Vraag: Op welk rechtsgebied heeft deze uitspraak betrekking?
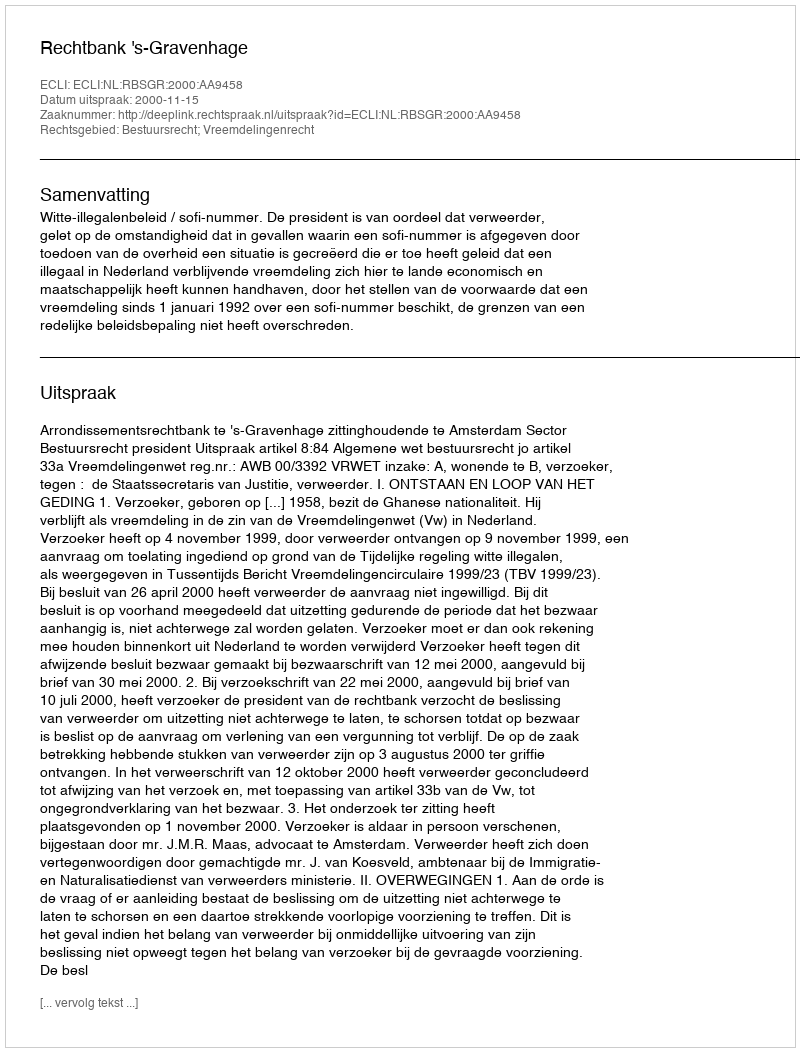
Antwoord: Bestuursrecht; Vreemdelingenrecht